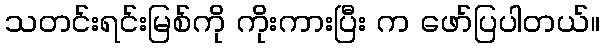
သတင်းရင်းမြစ်ကို ကိုးကားပြီး က ဖော်ပြပါတယ်။